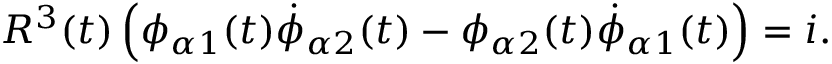
R ^ { 3 } ( t ) \left( \phi _ { \alpha 1 } ( t ) \dot { \phi } _ { \alpha 2 } ( t ) - \phi _ { \alpha 2 } ( t ) \dot { \phi } _ { \alpha 1 } ( t ) \right) = i .